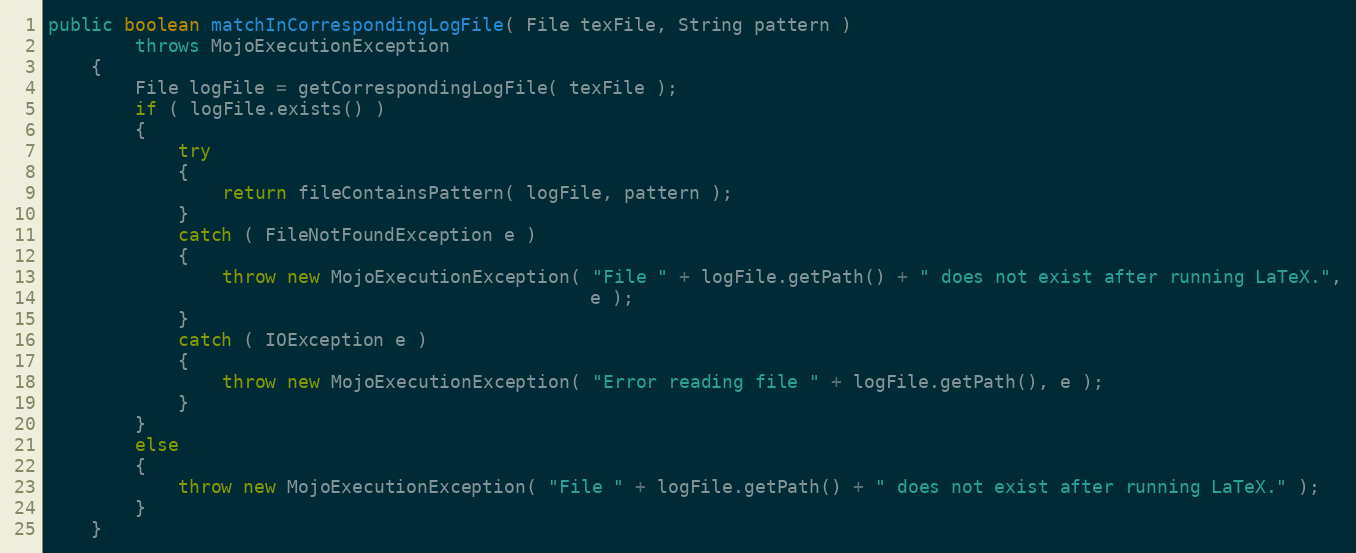
Language: Java
public boolean matchInCorrespondingLogFile( File texFile, String pattern )
        throws MojoExecutionException
    {
        File logFile = getCorrespondingLogFile( texFile );
        if ( logFile.exists() )
        {
            try
            {
                return fileContainsPattern( logFile, pattern );
            }
            catch ( FileNotFoundException e )
            {
                throw new MojoExecutionException( "File " + logFile.getPath() + " does not exist after running LaTeX.",
                                                  e );
            }
            catch ( IOException e )
            {
                throw new MojoExecutionException( "Error reading file " + logFile.getPath(), e );
            }
        }
        else
        {
            throw new MojoExecutionException( "File " + logFile.getPath() + " does not exist after running LaTeX." );
        }
    }